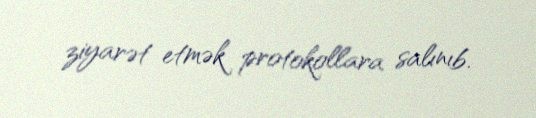
ziyarət etmək protokollara salınıb.